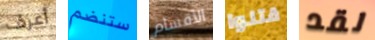
أعرف ستنضم الأقسام قتلوا لقد